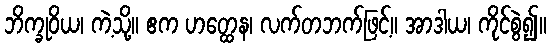
ဘိက္ခုဝိယ၊ ကဲ့သို့။ ဧက ဟတ္ထေန၊ လက်တဘက်ဖြင့်။ အာဒါယ၊ ကိုင်စွဲ၍။